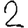
Digit: 2